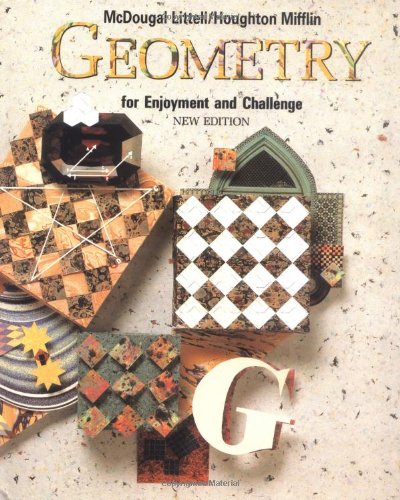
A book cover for Geometry for Enjoyment and Challenge; Richard Rhoad; Science & Math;